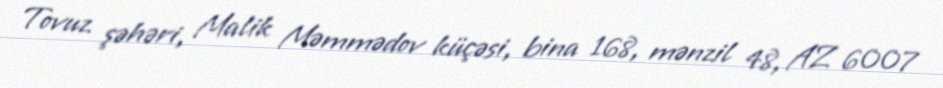
Tovuz şəhəri, Malik Məmmədov küçəsi, bina 168, mənzil 48, AZ 6007